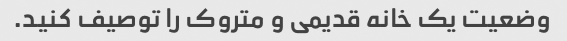
وضعیت یک خانه قدیمی و متروک را توصیف کنید.